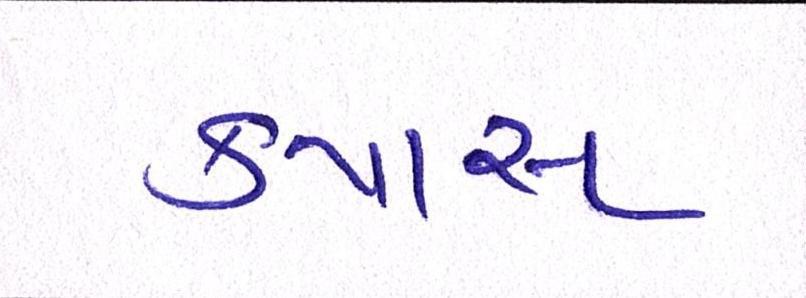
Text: કપાસ